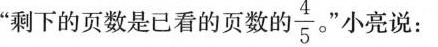
”剩下的页数是已看的页数的$$ \frac { 4 }{ 5 }$$ ”小亮说：